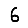
Digit: 6